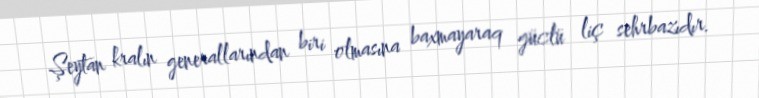
Şeytan kralın generallarından biri olmasına baxmayaraq güclü liç sehrbazıdır.